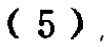
$(5)$